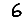
Digit: 6